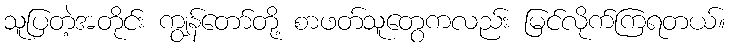
သူပြတဲ့အတိုင်း ကျွန်တော်တို့ စာဖတ်သူတွေကလည်း မြင်လိုက်ကြရတယ်။